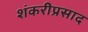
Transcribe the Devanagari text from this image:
शंकरीप्रसाद